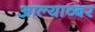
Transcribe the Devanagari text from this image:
आल्याव्बर